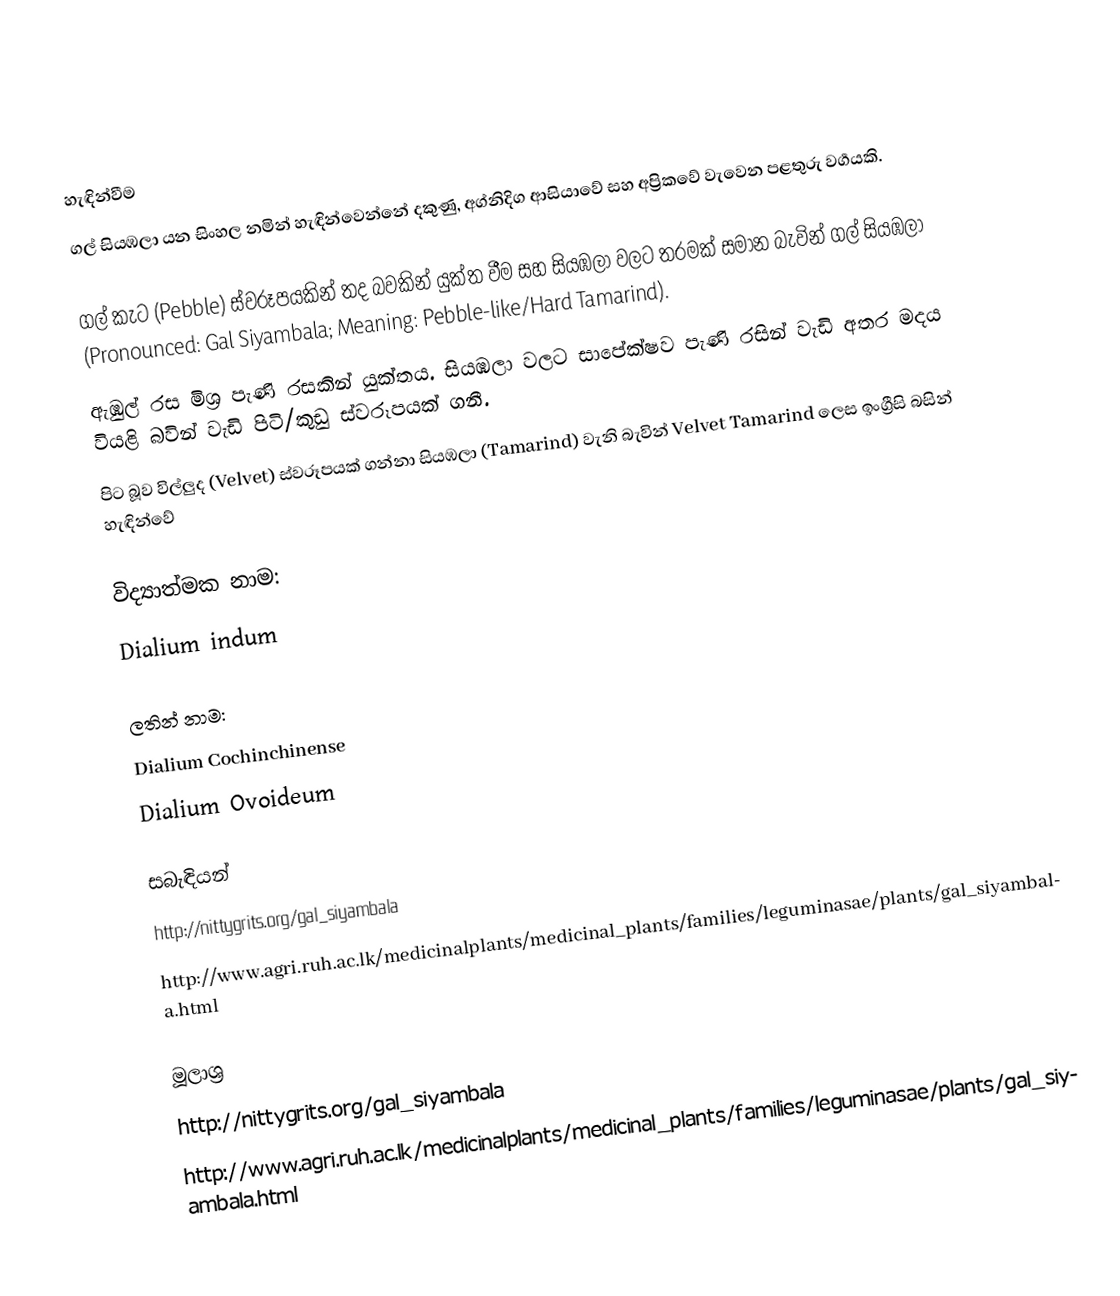

හැඳින්වීම
ගල් සියඹලා යන සිංහල නමින් හැඳින්වෙන්නේ දකුණු, අග්නිදිග ආසියාවේ සහ අප්‍රිකවේ වැවෙන පළතුරු වර්‍ගයකි.

ගල් කැට (Pebble) ස්වරූපයකින් තද බවකින් යුක්ත වීම සහ සියඹලා වලට තරමක් සමාන බැවින් ගල් සි‍යඹලා (Pronounced: Gal Siyambala; Meaning: Pebble-like/Hard Tamarind).
ඇඹුල් රස මිශ්‍ර පැණි රසකින් යුක්තය. සි‍යඹලා වලට සාපේක්ෂව පැණි රසින් වැඩි අතර මදය වියළි බවින් වැඩි පිටි/කුඩු ස්වරූපයක් ගනී.
පිට බූව විල්ලුද (Velvet) ස්වරූපයක් ගන්නා සියඹලා (Tamarind) වැනි බැවින් Velvet Tamarind ලෙස ඉංග්‍රීසි බසින් හැඳින්වේ

විද්‍යාත්මක නාම:
Dialium indum

ලතින් නාම:
Dialium Cochinchinense
Dialium Ovoideum

සබැඳියන්
http://nittygrits.org/gal_siyambala
http://www.agri.ruh.ac.lk/medicinalplants/medicinal_plants/families/leguminasae/plants/gal_siyambala.html

මූලාශ්‍ර
http://nittygrits.org/gal_siyambala
http://www.agri.ruh.ac.lk/medicinalplants/medicinal_plants/families/leguminasae/plants/gal_siyambala.html